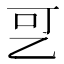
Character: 㐓